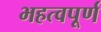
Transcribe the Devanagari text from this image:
भहत्वपूर्ण